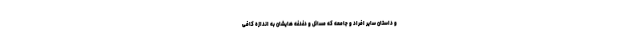
و داستان سایر افراد و جامعه که مسائل و دغدغه هایشان به اندازه کافی